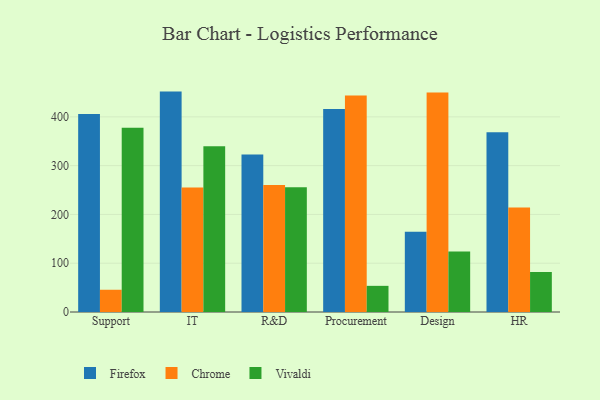
{"axis": {"x": "Department", "y": "Tickets Resolved"}, "legend": ["Chrome", "Firefox", "Vivaldi"], "data": [{"x": "Support", "y": 405.9, "type": "Firefox"}, {"x": "Support", "y": 45.6, "type": "Chrome"}, {"x": "Support", "y": 377.6, "type": "Vivaldi"}, {"x": "IT", "y": 451.8, "type": "Firefox"}, {"x": "IT", "y": 255.4, "type": "Chrome"}, {"x": "IT", "y": 340.0, "type": "Vivaldi"}, {"x": "R&D", "y": 323.0, "type": "Firefox"}, {"x": "R&D", "y": 260.1, "type": "Chrome"}, {"x": "R&D", "y": 255.9, "type": "Vivaldi"}, {"x": "Procurement", "y": 415.9, "type": "Firefox"}, {"x": "Procurement", "y": 443.7, "type": "Chrome"}, {"x": "Procurement", "y": 53.6, "type": "Vivaldi"}, {"x": "Design", "y": 164.7, "type": "Firefox"}, {"x": "Design", "y": 450.0, "type": "Chrome"}, {"x": "Design", "y": 124.2, "type": "Vivaldi"}, {"x": "HR", "y": 368.5, "type": "Firefox"}, {"x": "HR", "y": 214.3, "type": "Chrome"}, {"x": "HR", "y": 82.0, "type": "Vivaldi"}]}